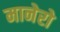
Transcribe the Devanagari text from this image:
मानेरो